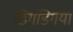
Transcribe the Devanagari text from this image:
डिगडिगया